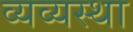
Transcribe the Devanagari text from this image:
व्यव्यस्था